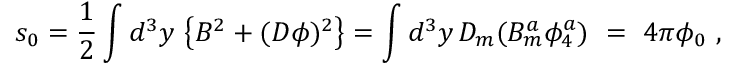
s _ { 0 } = \frac { 1 } { 2 } \int d ^ { 3 } y \, \left\{ B ^ { 2 } + ( D \phi ) ^ { 2 } \right\} = \int d ^ { 3 } y \, D _ { m } ( B _ { m } ^ { a } \phi _ { 4 } ^ { a } ) \ = \ 4 \pi \phi _ { 0 } \ ,